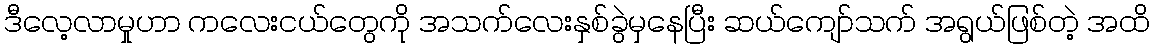
ဒီလေ့လာမှုဟာ ကလေးငယ်တွေကို အသက်လေးနှစ်ခွဲမှနေပြီး ဆယ်ကျော်သက် အရွယ်ဖြစ်တဲ့ အထိ